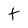
Character: t